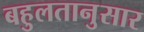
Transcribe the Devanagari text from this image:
बहुलतानुसार